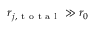
r _ { j , \mathrm { ~ t ~ o ~ t ~ a ~ l ~ } } \gg r _ { 0 }